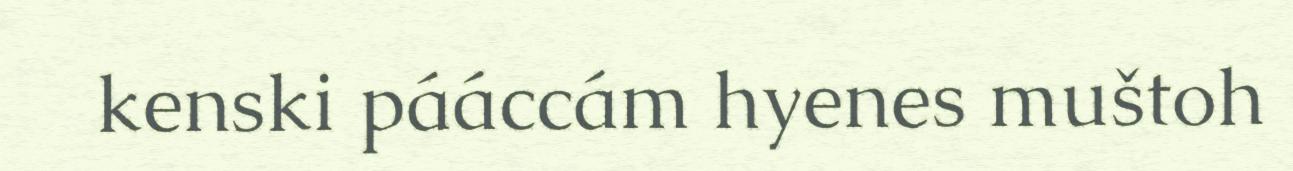
kenski pááccám hyenes muštoh